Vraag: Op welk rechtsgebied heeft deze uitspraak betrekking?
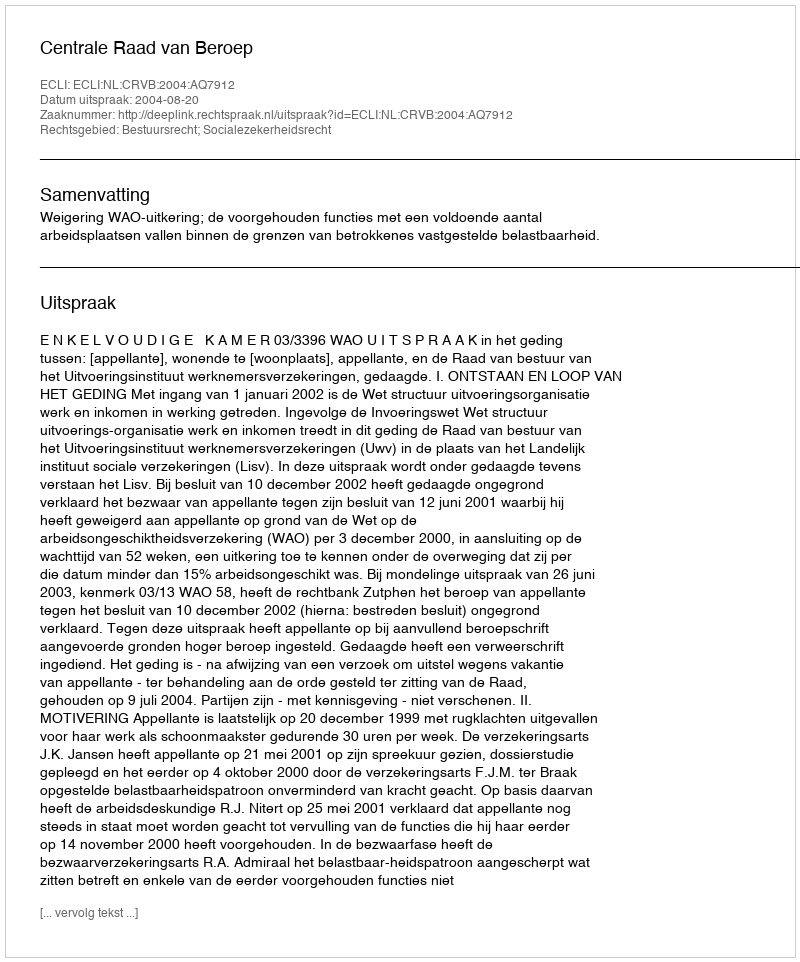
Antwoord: Bestuursrecht; Socialezekerheidsrecht